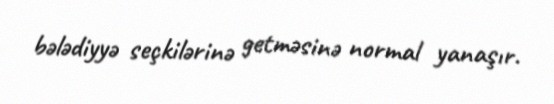
bələdiyyə seçkilərinə getməsinə normal yanaşır.